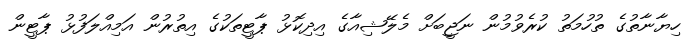
ހިޔާނާތުގެ ތުހުމަތު ކުރެވުމުން ނަޖީބަށް މެލޭޝިއާގެ އިދިކޮޅު ޕާޓީތަކުގެ އިތުރުން އަމިއްލަފުޅު ޕާޓީން